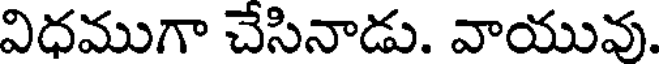
విధముగా చేసినాడు. వాయువు.